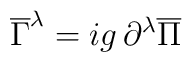
\overline{\Gamma}^{\lambda} = ig\,\partial^{\lambda}\overline{\Pi}